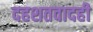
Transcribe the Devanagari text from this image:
दहशतवादही